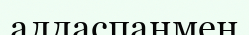
алдаспанмен